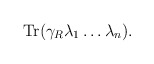
\begin{align*}{\rm Tr}(\gamma_R \lambda_1 \ldots \lambda_n) .\end{align*}